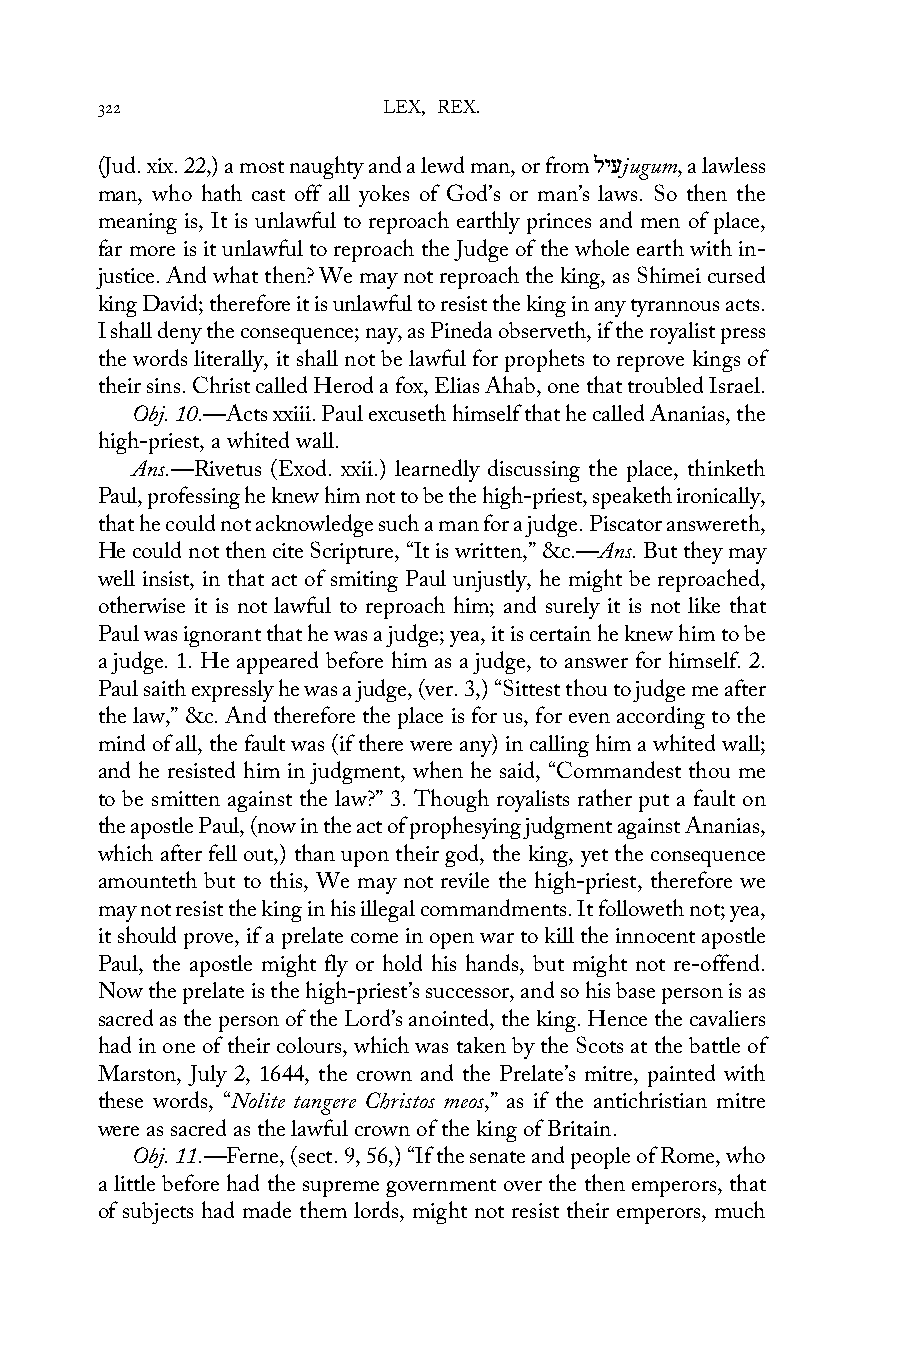
322                LEX, REX.
 (Jud. xix. 22,) a most naughty and a lewd man, or from ליעjugum, a lawless
 man, who hath cast off all yokes of God’s or man’s laws. So then the
 meaning is, It is unlawful to reproach earthly princes and men of place,
 far more is it unlawful to reproach the Judge of the whole earth with in-
 justice. And what then? We may not reproach the king, as Shimei cursed
 king David; therefore it is unlawful to resist the king in any tyrannous acts.
 I shall deny the consequence; nay, as Pineda observeth, if the royalist press
 the words literally, it shall not be lawful for prophets to reprove kings of
 their sins. Christ called Herod a fox, Elias Ahab, one that troubled Israel.
 Obj. 10.—Acts xxiii. Paul excuseth himself that he called Ananias, the
 high-priest, a whited wall.
 Ans.—Rivetus (Exod. xxii.) learnedly discussing the place, thinketh
 Paul, professing he knew him not to be the high-priest, speaketh ironically,
 that he could not acknowledge such a man for a judge. Piscator answereth,
 He could not then cite Scripture, “It is written,” &c.—Ans. But they may
 well insist, in that act of smiting Paul unjustly, he might be reproached,
 otherwise it is not lawful to reproach him; and surely it is not like that
 Paul was ignorant that he was a judge; yea, it is certain he knew him to be
 a judge. 1. He appeared before him as a judge, to answer for himself. 2.
 Paul saith expressly he was a judge, (ver. 3,) “Sittest thou to judge me after
 the law,” &c. And therefore the place is for us, for even according to the
 mind of all, the fault was (if there were any) in calling him a whited wall;
 and he resisted him in judgment, when he said, “Commandest thou me
 to be smitten against the law?” 3. Though royalists rather put a fault on
 the apostle Paul, (now in the act of prophesying judgment against Ananias,
 which after fell out,) than upon their god, the king, yet the consequence
 amounteth but to this, We may not revile the high-priest, therefore we
 may not resist the king in his illegal commandments. It followeth not; yea,
 it should prove, if a prelate come in open war to kill the innocent apostle
 Paul, the apostle might fly or hold his hands, but might not re-offend.
 Now the prelate is the high-priest’s successor, and so his base person is as
 sacred as the person of the Lord’s anointed, the king. Hence the cavaliers
 had in one of their colours, which was taken by the Scots at the battle of
 Marston, July 2, 1644, the crown and the Prelate’s mitre, painted with
 these words, “Nolite tangere Christos meos,” as if the antichristian mitre
 were as sacred as the lawful crown of the king of Britain.
 Obj. 11.—Ferne, (sect. 9, 56,) “If the senate and people of Rome, who
 a little before had the supreme government over the then emperors, that
 of subjects had made them lords, might not resist their emperors, much